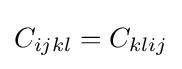
C_{ijkl}=C_{klij}